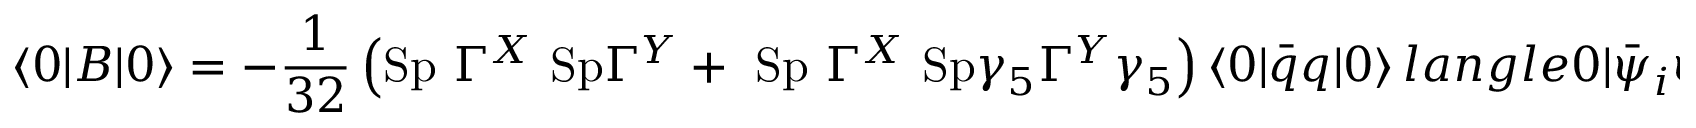
\langle 0 | B | 0 \rangle = - \frac 1 { 3 2 } \left( \mathrm { S p ~ } \Gamma ^ { X } \mathrm { ~ S p } \Gamma ^ { Y } + \mathrm { ~ S p ~ } \Gamma ^ { X } \mathrm { ~ S p } \gamma _ { 5 } \Gamma ^ { Y } \gamma _ { 5 } \right) \langle 0 | \bar { q } q | 0 \rangle \, l a n g l e 0 | \bar { \psi } _ { i } \psi _ { i } | 0 \rangle \ ,